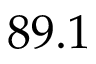
8 9 . 1